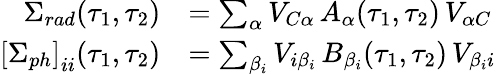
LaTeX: \begin{array}{rl}{\Sigma_{rad}(\tau_{1},\tau_{2})}&{=\sum_{\alpha}V_{C\alpha}\, A_{\alpha}(\tau_{1},\tau_{2})\, V_{\alpha C}}\\ {\left[\Sigma_{ph}\right]_{ii}(\tau_{1},\tau_{2})}&{=\sum_{\beta_{i}}V_{i\beta_{i}}\, B_{\beta_{i}}(\tau_{1},\tau_{2})\, V_{\beta_{i}i}}\end{array}